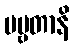
ပဗ္ဗတာနိ